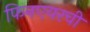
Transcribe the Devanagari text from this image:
फिनएयरची